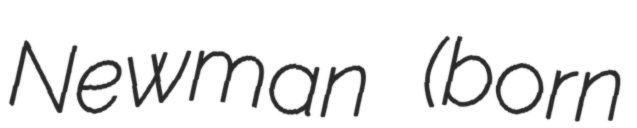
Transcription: Newman (born